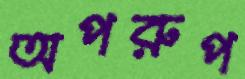
অপরুপ